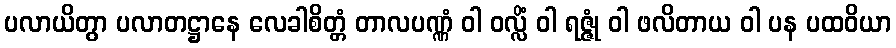
ပလာယိတွာ ပလာတဋ္ဌာနေ လေခါစိတ္တံ တာလပဏ္ဏံ ဝါ ဝလ္လိံ ဝါ ရဇ္ဇုံ ဝါ ဖလိတာယ ဝါ ပန ပထဝိယာ